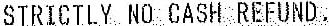
STRICTLY NO CASH REFUND .